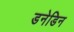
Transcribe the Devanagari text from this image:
डनेडिन